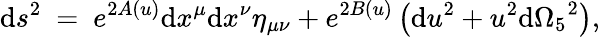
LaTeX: \mathrm{d}s^{2}~=~e^{2A(u)}\mathrm{d}x^{\mu}\mathrm{d}x^{\nu}\eta_{\mu\nu}+e^{2B(u)}\left(\mathrm{d}u^{2}+u^{2}\mathrm{d}{\Omega_{5}}^{2}\right),